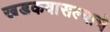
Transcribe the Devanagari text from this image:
खडकवासल्याचे